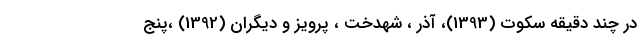
در چند دقیقه سکوت (1393)، آذر ، شهدخت ، پرویز و دیگران (1392) ،پنج